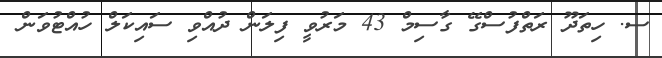
ސ. ހިތަދޫ ރަތްފުސްގޭ ގާސިމް 43 މަރުވީ ފިލަން ދުއްވި ސައިކަލް ހުއްޓުވަން